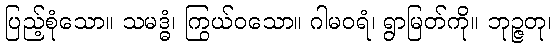
ပြည့်စုံသော။ သမဒ္ဓံ၊ ကြွယ်ဝသော။ ဂါမဝရံ၊ ရွာမြတ်ကို။ ဘုဉ္ဇတု၊